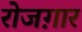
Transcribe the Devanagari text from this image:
रोजग़ार